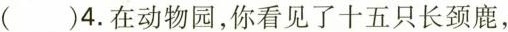
( )4.在动物园，你看见了十五只长颈鹿，